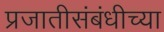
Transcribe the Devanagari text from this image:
प्रजातीसंबंधीच्या